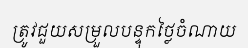
ត្រូវជួយសម្រួលបន្ទុកថ្លៃចំណាយ